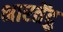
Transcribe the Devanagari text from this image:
भारतेंद्रु